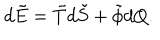
d \tilde { E } = \tilde { T } d \tilde { S } + \tilde { \phi } d Q .